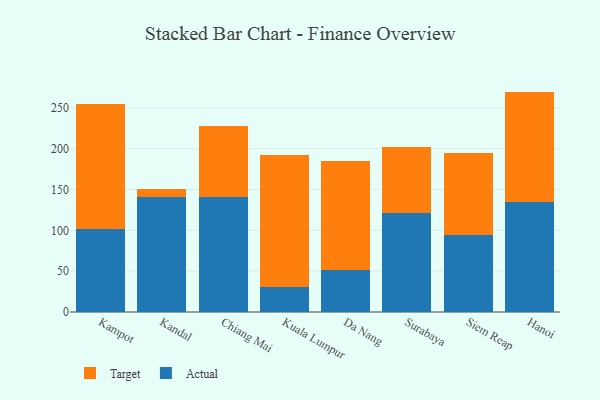
{"axis": {"x": "City", "y": "Net Income (USD K)"}, "legend": ["Actual", "Target"], "data": [{"x": "Kampot", "y": 101.4, "type": "Actual"}, {"x": "Kampot", "y": 152.9, "type": "Target"}, {"x": "Kandal", "y": 140.2, "type": "Actual"}, {"x": "Kandal", "y": 10.8, "type": "Target"}, {"x": "Chiang Mai", "y": 140.2, "type": "Actual"}, {"x": "Chiang Mai", "y": 87.9, "type": "Target"}, {"x": "Kuala Lumpur", "y": 30.1, "type": "Actual"}, {"x": "Kuala Lumpur", "y": 162.2, "type": "Target"}, {"x": "Da Nang", "y": 51.5, "type": "Actual"}, {"x": "Da Nang", "y": 133.6, "type": "Target"}, {"x": "Surabaya", "y": 121.7, "type": "Actual"}, {"x": "Surabaya", "y": 79.8, "type": "Target"}, {"x": "Siem Reap", "y": 94.7, "type": "Actual"}, {"x": "Siem Reap", "y": 99.6, "type": "Target"}, {"x": "Hanoi", "y": 134.3, "type": "Actual"}, {"x": "Hanoi", "y": 135.5, "type": "Target"}]}